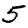
Digit: 5